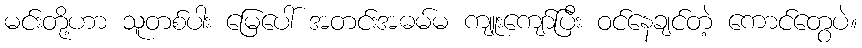
မင်းတို့ဟာ သူတစ်ပါး မြေပေါ် အတင်းအဓမ်မ ကျူးကျော်ပြီး ဝင်နေချင်တဲ့ ကောင်တွေပဲ။